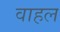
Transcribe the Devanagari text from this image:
वाहल